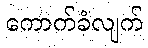
ကောက်ခံလျက်